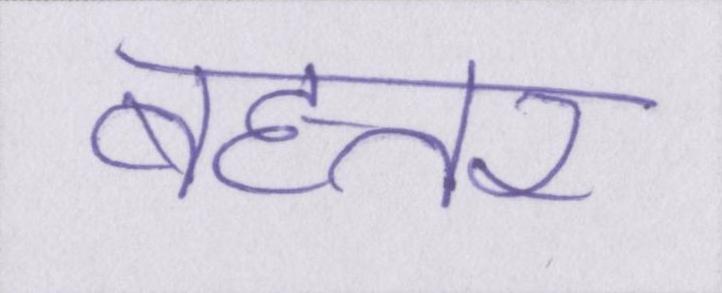
बहत्तर